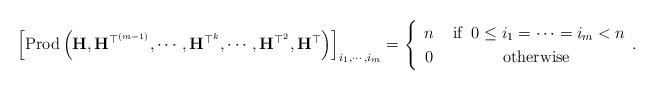
LaTeX: \begin{align*}\left[\mbox{Prod}\left(\mathbf{H},\mathbf{H}^{\top^{\left(m-1\right)}},\cdots,\mathbf{H}^{\top^{k}},\cdots,\mathbf{H}^{\top^{2}},\mathbf{H}^{\top}\right)\right]_{i_{1},\cdots,i_{m}}=\begin{cases}\begin{array}{cc}n & \mbox{ if }\:0\le i_{1}=\cdots=i_{m}<n\\0 & \mbox{otherwise}\end{array}.\end{cases}\end{align*}